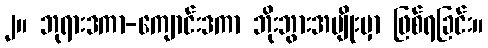
၂။ ဘုရားဒကာ-ကျောင်းဒကာ ဘိုးဘွားအမျိုးမှာ ဖြစ်ရခြင်း။